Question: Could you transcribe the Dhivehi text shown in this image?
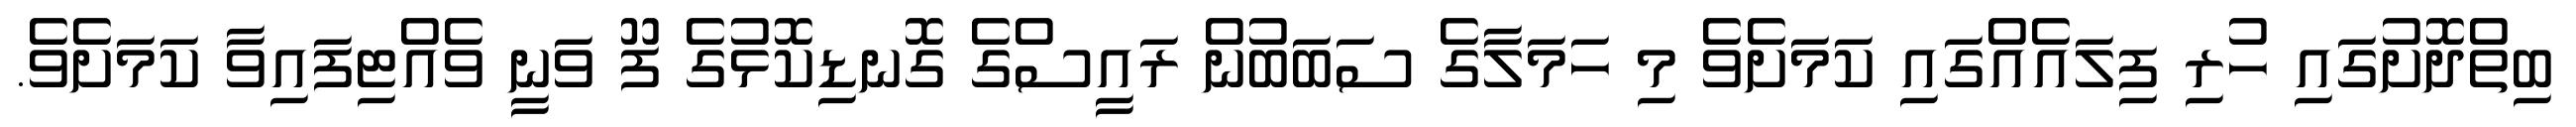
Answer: ބިތްދޮށުގައި ހުރި ފިލައެއްގައި ކަމަށެވެ މި ހަމަލާގެ ސަބަބުން ރައީސްގެ ގޮނޑިކޮޅުގެ ފޫ ވަނީ ވެއްޓިފައިވާ ކަމަށެވެ.